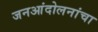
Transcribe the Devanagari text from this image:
जनआंदोलनांचा